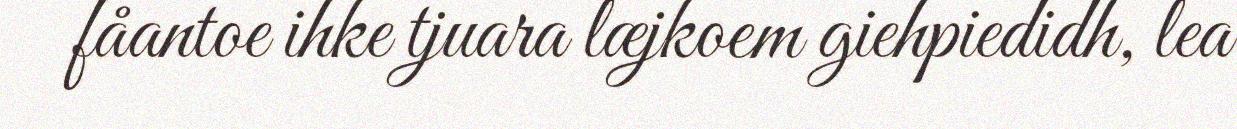
fåantoe ihke tjuara læjkoem giehpiedidh, lea